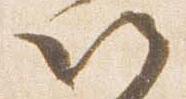
以